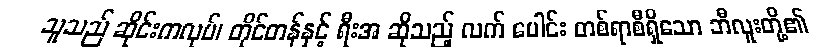
သူသည် ဆိုင်းကလုပ်၊ တိုင်တန်နှင့် ရီးအ ဆိုသည့် လက် ပေါင်း တစ်ရာစီရှိသော ဘီလူးတို့၏